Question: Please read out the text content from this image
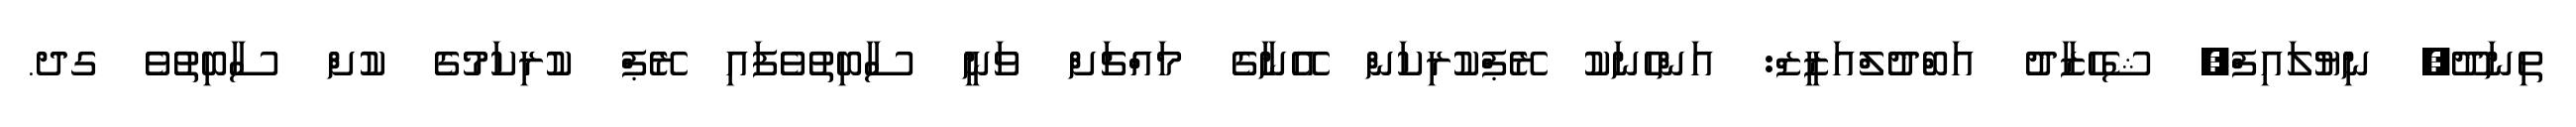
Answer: ތިނަދޫ, ނިޔުލައިފް, ޝެހެޒާދު އަބްދުލްއަޒީޒް: އަންހެނަކު ރޭޕްކުރިކަން އޭނާގެ މައްޗަށް ވަނީ ސާބިތުވެފައި ރޭޕް ކުރިކަމުގެ ކުށް ސާބިތުވެ ގދ.